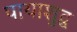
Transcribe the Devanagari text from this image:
पायाशुद्ध